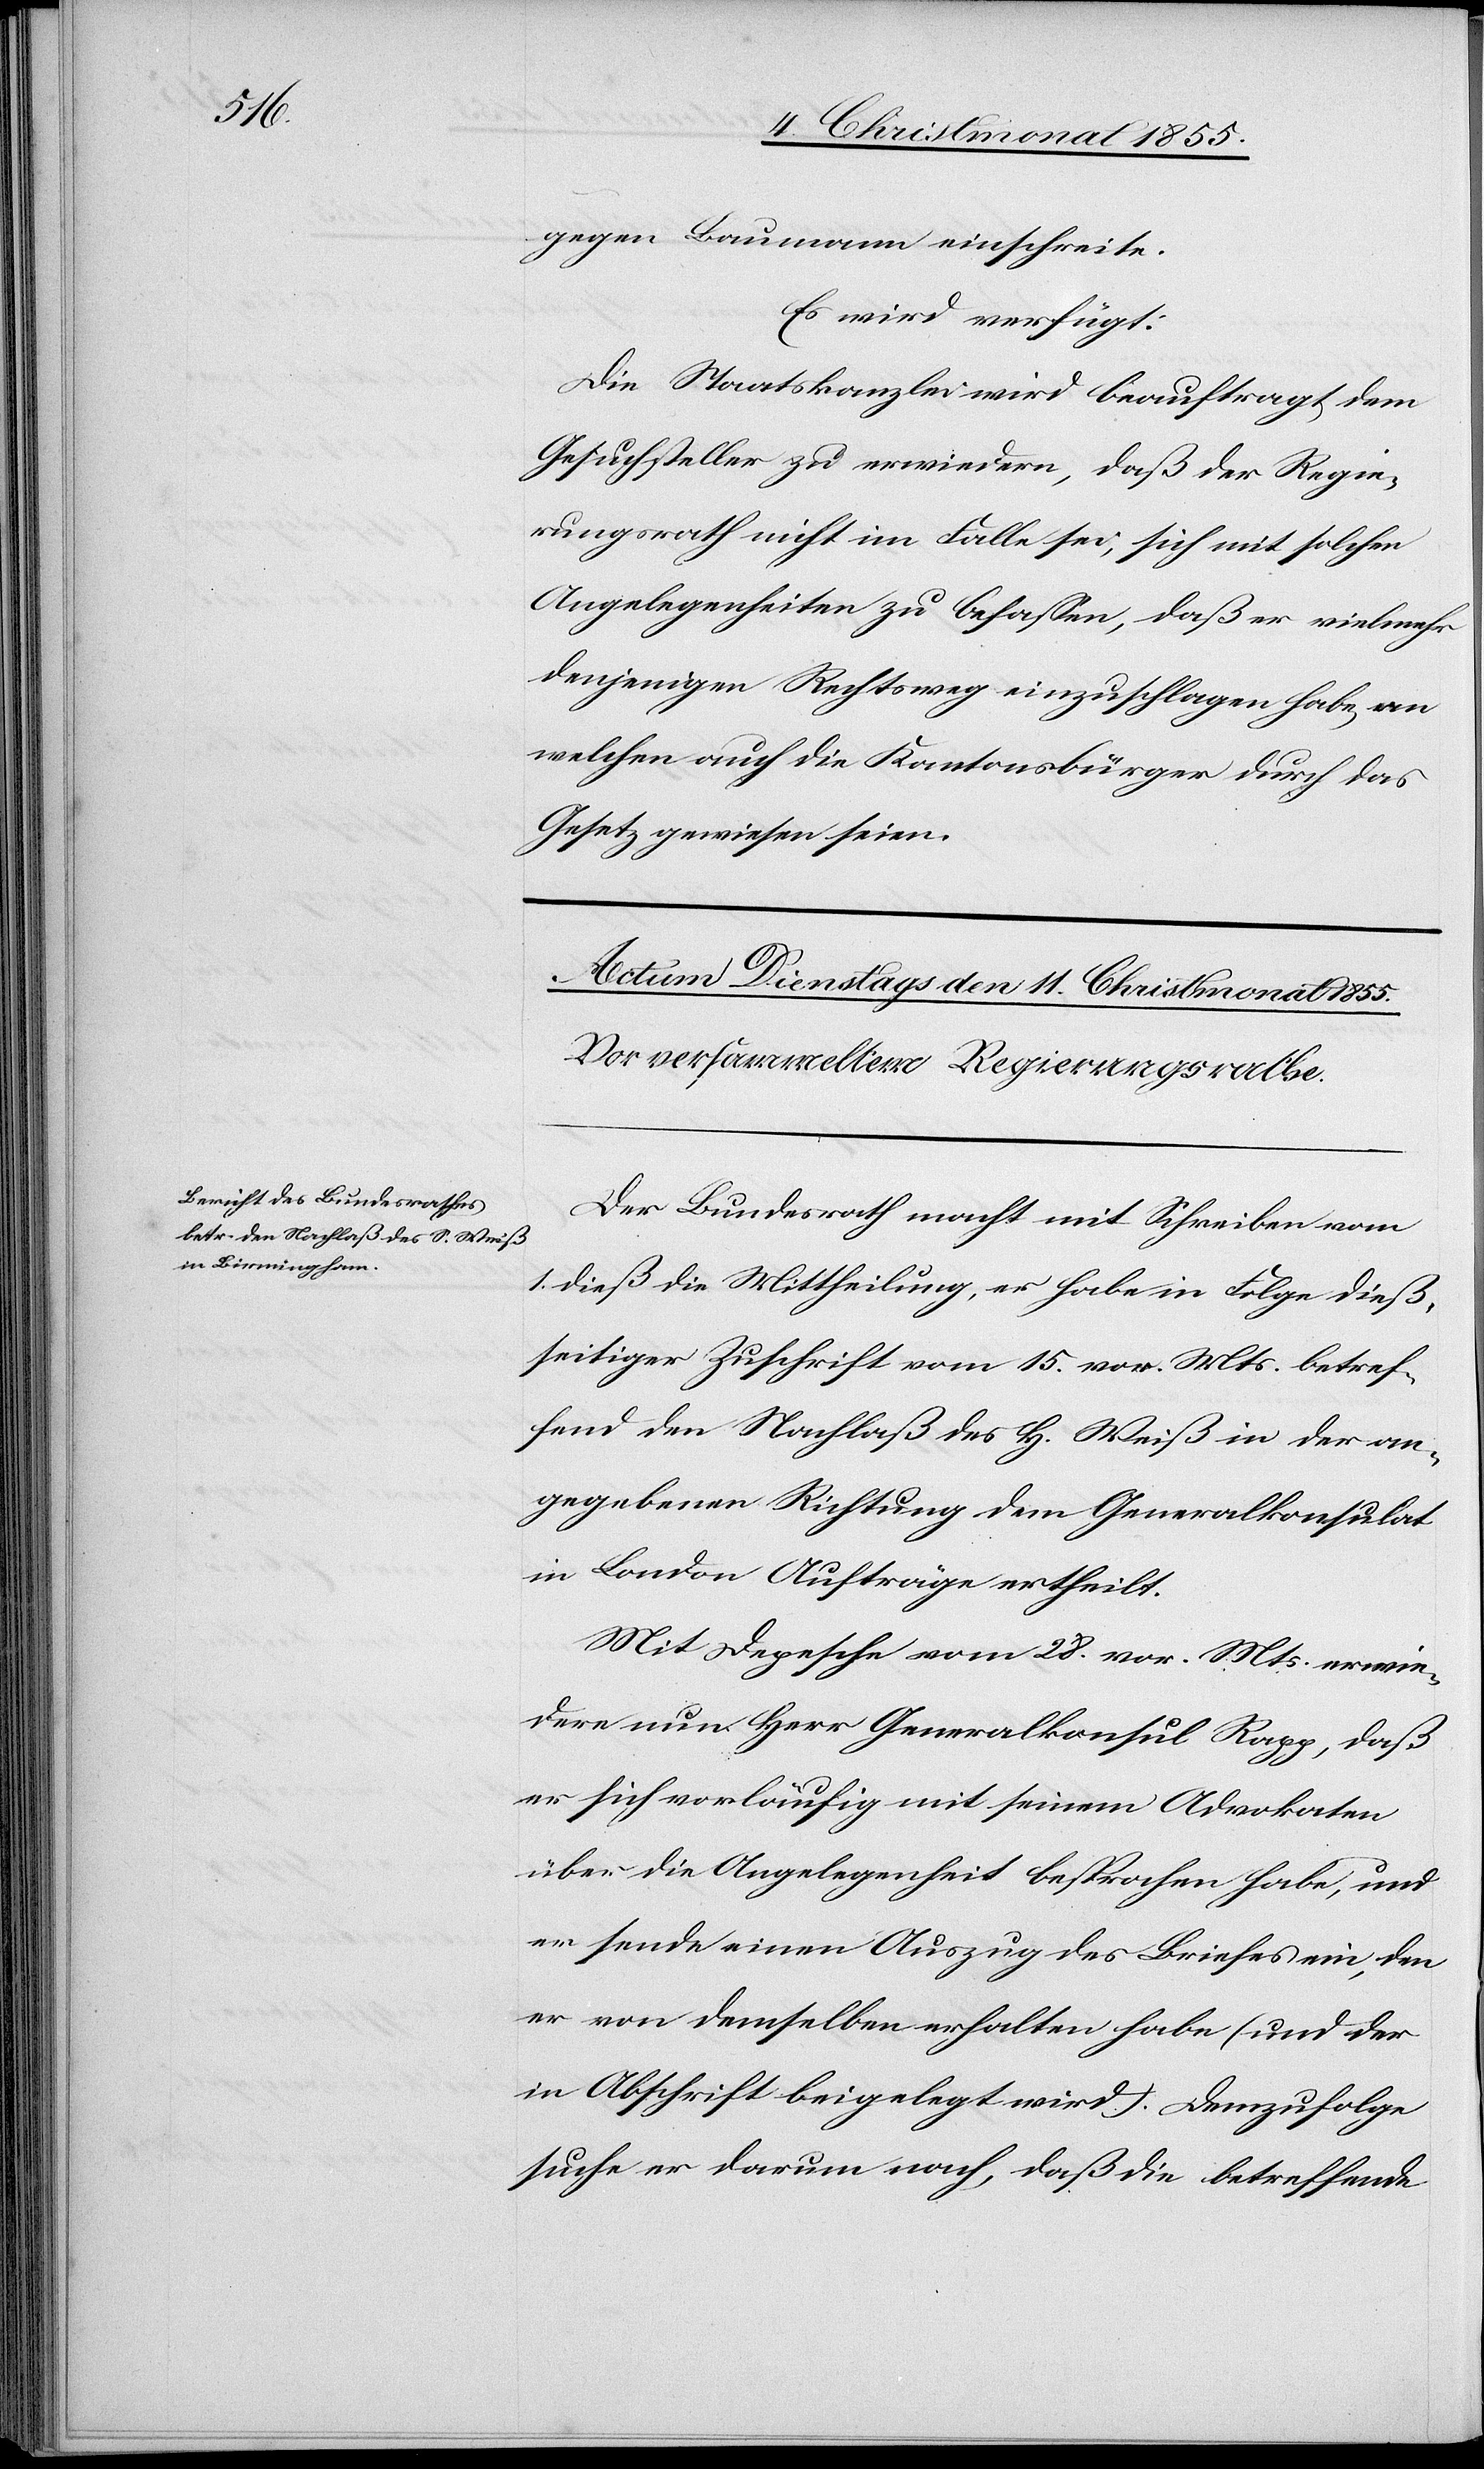
gegen Baumann einschreite.
Es wird verfügt:
Die Staatskanzlei wird beauftragt, dem
Gesuchsteller zu erwiedern, daß der Regie¬
rungsrath nicht im Falle sei, sich mit solchen
Angelegenheiten zu befassen, daß er vielmehr
denjenigen Rechtsweg einzuschlagen habe, an
welchen auch die Kantonsbürger durch das
Gesetz gewiesen seien.
Der Bundesrath macht mit Schreiben vom
1. dieß die Mittheilung, er habe in Folge dieß¬
seitiger Zuschrift vom 15. vor. Mts. betref¬
fend den Nachlaß des H. [sic!] Weiß in der an¬
gegebenen Richtung dem Generalkonsulat
in London Aufträge ertheilt.
Mit Depesche vom 28. vor. Mts. erwie¬
dere nun Herr Generalkonsul Rapp, daß
er sich vorläufig mit seinem Advokaten
über die Angelegenheit besprochen habe, und
er sende einen Auszug des Briefes ein, den
er von demselben erhalten habe (und der
in Abschrift beigelegt wird). Demzufolge
suche er darum nach, daß die betreffende